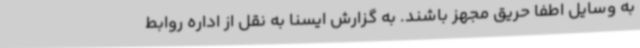
به وسایل اطفا حریق مجهز باشند. به گزارش ایسنا به نقل از اداره روابط